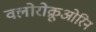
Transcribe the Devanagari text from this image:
क्लोरोक्रूओरिन